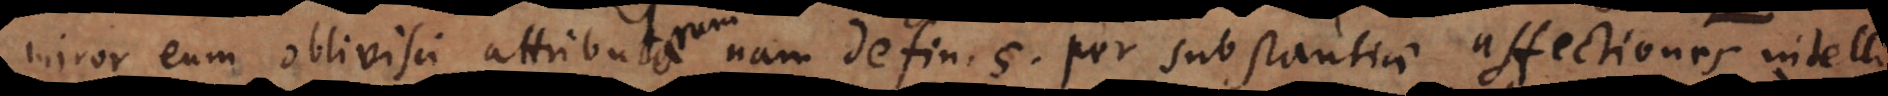
miror eum oblivisci attributorum nam defin. 5. per substantiae affectiones intelli